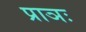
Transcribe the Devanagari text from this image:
प्राञः